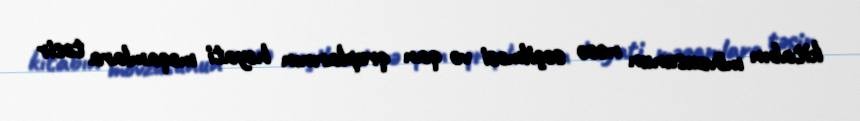
kitabın mövzusunun necə seçilməsi və qan qruplarının həyati məqamlara təsir